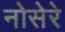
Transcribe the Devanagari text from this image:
नोसेरे